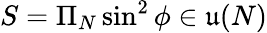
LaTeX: S=\Pi_{N}\sin^{2}\phi\in\mathfrak{u}(N)